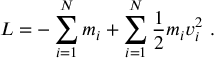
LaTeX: { L = - \sum _ { i = 1 } ^ { N } m _ { i } + \sum _ { i = 1 } ^ { N } { \frac { 1 } { 2 } } m _ { i } v _ { i } ^ { 2 } \ . }